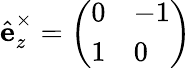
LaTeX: \hat{\textbf{e}}_{z}^{\times}=\left(\begin{array}{ll}{0}&{-1}\\ {1}&{0}\end{array}\right)